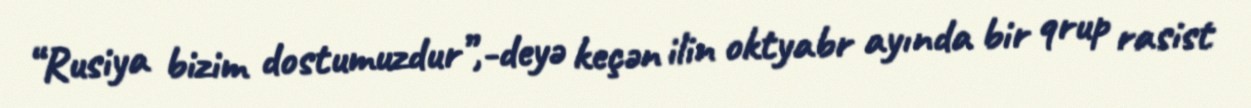
“Rusiya bizim dostumuzdur”,-deyə keçən ilin oktyabr ayında bir qrup rasist